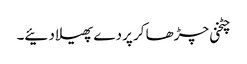
چٹخنی چڑھا کر پردے پھیلا دئیے۔